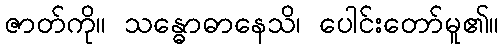
ဇာတ်ကို။ သန္ဓောဓာနေသိ၊ ပေါင်းတော်မူ၏။